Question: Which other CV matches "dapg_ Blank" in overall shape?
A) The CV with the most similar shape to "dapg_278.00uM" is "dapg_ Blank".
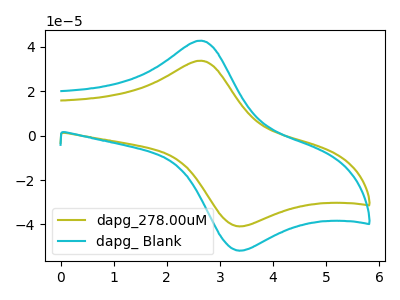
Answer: <think>The olive curve "dapg_278.00uM" has an anodic peak at (2.60V, 33.75uA) and a cathodic peak at (3.30V, -40.70uA). The cyan curve "dapg_ Blank" has an anodic peak at (2.60V, 42.75uA) and a cathodic peak at (3.30V, -51.60uA).
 All the peaks in "dapg_278.00uM" have a peak in "dapg_ Blank" at the same potential. Every peak in "dapg_278.00uM" is lower than every peak in "dapg_ Blank".</think>
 <answer>A) The CV with the most similar shape to "dapg_278.00uM" is "dapg_ Blank".</answer>
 <eval>A</eval>